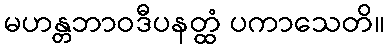
မဟန္တဘာဝဒီပနတ္ထံ ပကာသေတိ။